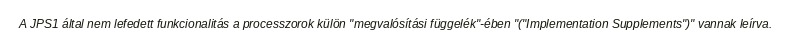
A JPS1 által nem lefedett funkcionalitás a processzorok külön "megvalósítási függelék"-ében "("Implementation Supplements")" vannak leírva.